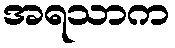
အရသာက